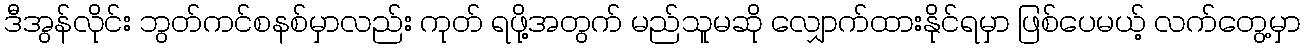
ဒီအွန်လိုင်း ဘွတ်ကင်စနစ်မှာလည်း ကုတ် ရဖို့အတွက် မည်သူမဆို လျှောက်ထားနိုင်ရမှာ ဖြစ်ပေမယ့် လက်တွေ့မှာ